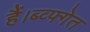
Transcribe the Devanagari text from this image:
हैं।ब्व्फ्गेत